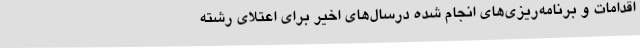
اقدامات و برنامه‌ریزی‌های انجام شده درسال‌های اخیر برای اعتلای رشته